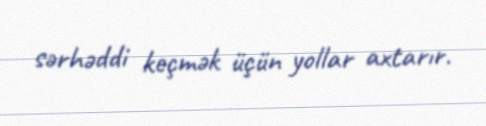
sərhəddi keçmək üçün yollar axtarır.